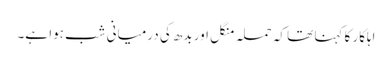
اہلکار کا کہنا تھا کہ حملہ منگل اور بدھ کی درمیانی شب ہوا ہے۔